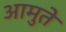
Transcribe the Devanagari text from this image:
आमुते